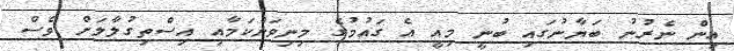
އިން ނެރުނު ބަޔާނުގައި ބުނީ މިއީ އެ ގައުމުގެ މިނިވަންކަމާއި އިސްތިގުލާލަށް ވެސް